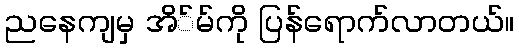
ညနေကျမှ အိ်မ်ကို ပြန်ရောက်လာတယ်။